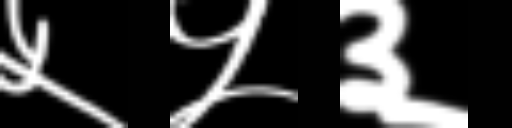
Text: ५५३